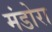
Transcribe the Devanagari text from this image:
मंडोरा